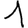
Digit: 1